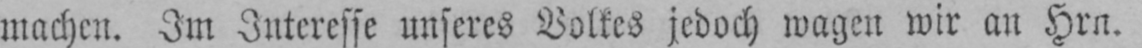
machen. Im Interesse unseres Volkes jedoch wagen wir an Hrn.